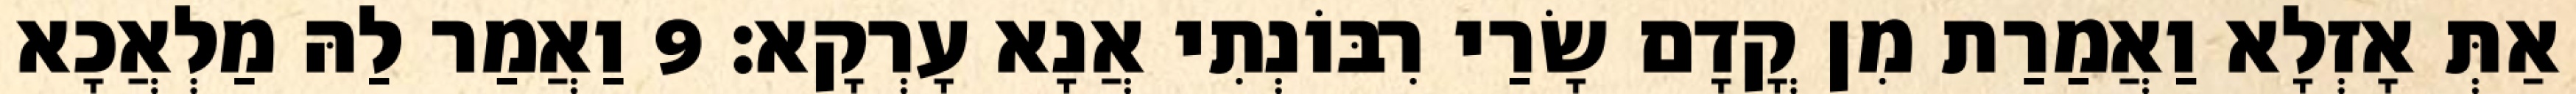
אַתְּ אָזְלָא וַאֲמַרַת מִן קֳדָם שָׂרַי רִבּוֹנְתִי אֲנָא עָרְקָא׃ 9 וַאֲמַר לַהּ מַלְאֲכָא